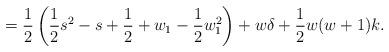
LaTeX: \begin{align*}=\frac{1}{2}\left(\frac{1}{2}s^2-s+\frac{1}{2}+w_1-\frac{1}{2}w_1^2\right)+w\delta+\frac{1}{2}w(w+1)k.\end{align*}